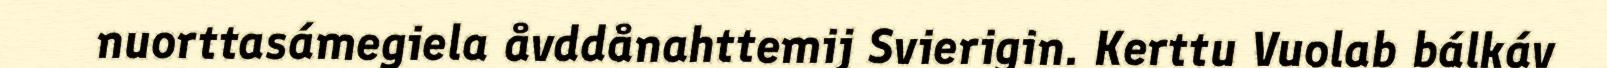
nuorttasámegiela åvddånahttemij Svierigin. Kerttu Vuolab bálkáv